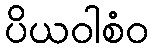
ပိယဝါစံဝ